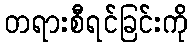
တရားစီရင်ခြင်းကို